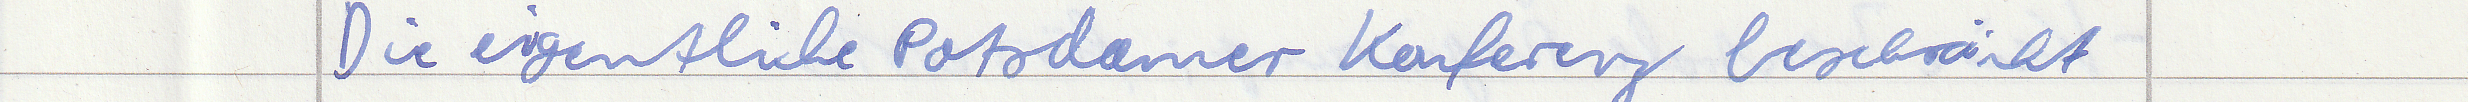
Die eigentliche Potsdamer Konferenz beschränkt